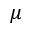
\mu